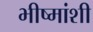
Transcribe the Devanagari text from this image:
भीष्मांशी